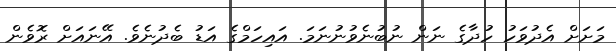
މަށަށް އެދުވަހު ހުދާގެ ނަން ނުބުނެވުނުނަމަ. އައިހަމްގެ އަޑު ބެދުނެވެ. އޭނައަށް ރޮވެން